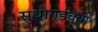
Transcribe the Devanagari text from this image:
सुधागडच्या